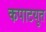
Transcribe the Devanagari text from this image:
कपाटयुत